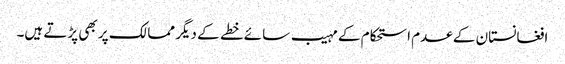
افغانستان کے عدم استحکام کے مہیب سائے خطے کے دیگر ممالک پر بھی پڑتے ہیں۔